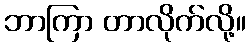
ဘာကြာ တာလိုက်လို့။